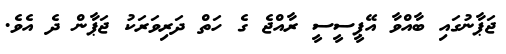
ޖަޕާނުގައި ބާއްވާ އޭޕީސީސީ ރާއްޖެ ގެ ހަތް ދަރިވަރަކު ޖަޕާން ދެ އެވެ.